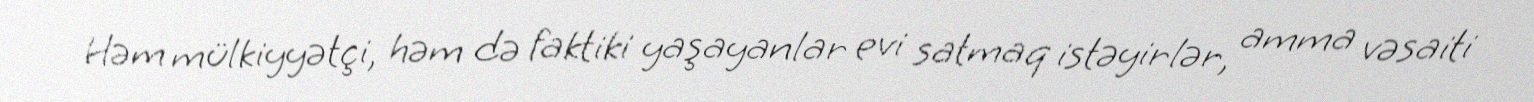
Həm mülkiyyətçi, həm də faktiki yaşayanlar evi satmaq istəyirlər, amma vəsaiti